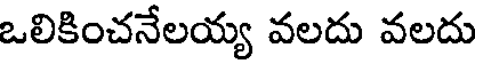
ఒలికించనేలయ్య వలదు వలదు